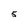
Character: 5